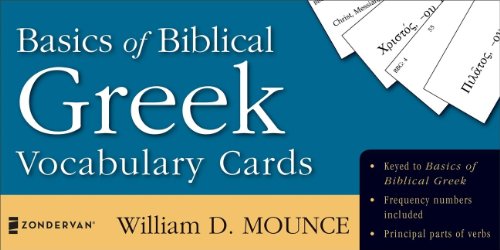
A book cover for Basics of Biblical Greek Vocabulary Cards (The Zondervan Vocabulary Builder Series); William D. Mounce; Christian Books & Bibles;